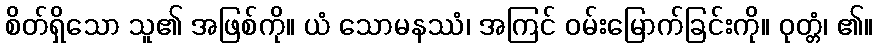
စိတ်ရှိသော သူ၏ အဖြစ်ကို။ ယံ သောမနဿံ၊ အကြင် ဝမ်းမြောက်ခြင်းကို။ ဝုတ္တံ၊ ၏။